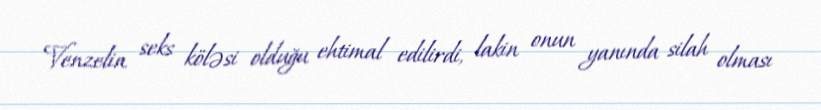
Venzelin seks köləsi olduğu ehtimal edilirdi, lakin onun yanında silah olması